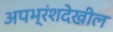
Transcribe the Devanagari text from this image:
अपभ्रंशदेखील